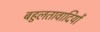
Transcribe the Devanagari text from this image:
बहुलतावादियों